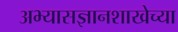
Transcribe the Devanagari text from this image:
अभ्यासज्ञानशाखेच्या